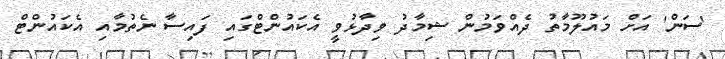
'ސަން' އަށް މައުލޫމާތު ދެއްވަމުން ޝިމާދު ވިދާޅުވީ އެކައުންޓްގައި ފައިސާ ނެތުމާއި އެކައުންޓް